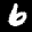
Label: 6